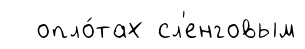
опло́тах сл'енговым